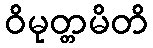
ဝိမုတ္တမိတိ